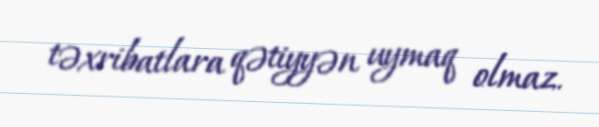
təxribatlara qətiyyən uymaq olmaz.